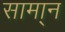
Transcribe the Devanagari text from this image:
सामा्न